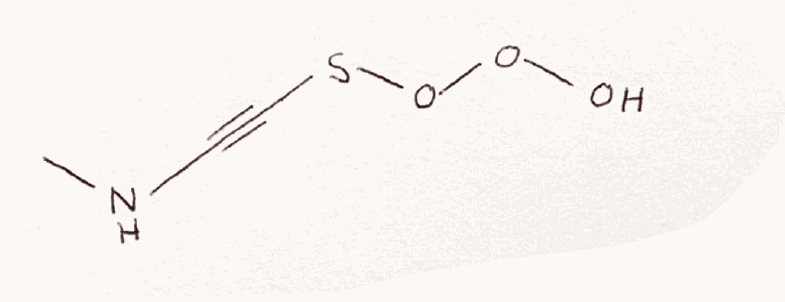
Simplified molecular-input line-entry system (SMILES) notation of the given molecule:
CNC#CSOOO